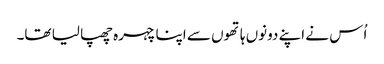
اُس نے اپنے دونوں ہاتھوں سے اپنا چہرہ چھپا لیا تھا۔